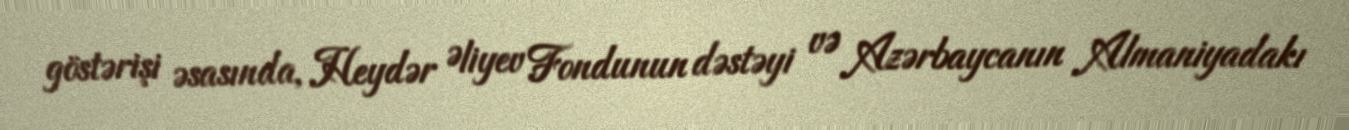
göstərişi əsasında, Heydər Əliyev Fondunun dəstəyi və Azərbaycanın Almaniyadakı